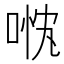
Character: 𱓓